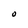
Character: O